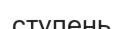
ступень